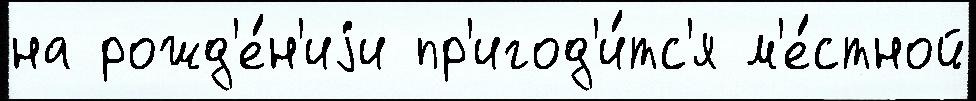
на рожд'е́н'иjи пр'игод'и́тс'я м'е́стной